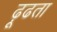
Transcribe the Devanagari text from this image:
ढ़ूढता